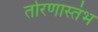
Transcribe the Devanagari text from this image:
तोरणास्तंभ